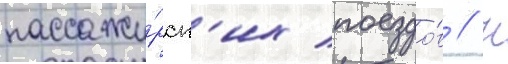
пассажи́рск'их поездо́в // К